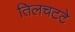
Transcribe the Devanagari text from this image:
तिलचटटे